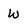
Character: W